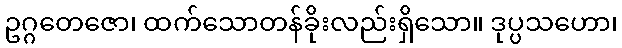
ဥဂ္ဂတေဇော၊ ထက်သောတန်ခိုးလည်းရှိသော။ ဒုပ္ပသဟော၊